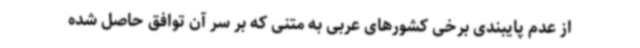
از عدم پایبندی برخی کشورهای عربی به متنی که بر سر آن توافق حاصل شده